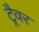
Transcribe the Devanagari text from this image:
ट्रैवर